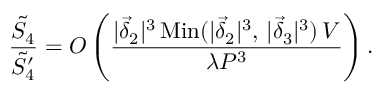
\frac { \tilde { S } _ { 4 } } { \tilde { S } _ { 4 } ^ { \prime } } = O \left( \frac { | \vec { \delta } _ { 2 } | ^ { 3 } \, \mathrm { M i n } ( | \vec { \delta } _ { 2 } | ^ { 3 } , \, | \vec { \delta } _ { 3 } | ^ { 3 } ) \, V } { \lambda { \cal P } ^ { 3 } } \right) .